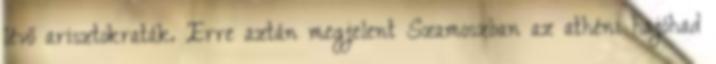
lévő arisztokraták. Erre aztán megjelent Szamoszban az athéni hajóhad